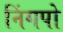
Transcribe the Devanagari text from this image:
निंगपो